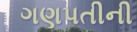
ગણપતીની